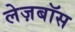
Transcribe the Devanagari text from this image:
लेज़बॉस